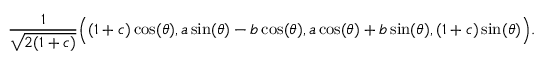
{ \frac { 1 } { \sqrt { 2 ( 1 + c ) } } } { \Big ( } ( 1 + c ) \cos ( \theta ) , a \sin ( \theta ) - b \cos ( \theta ) , a \cos ( \theta ) + b \sin ( \theta ) , ( 1 + c ) \sin ( \theta ) { \Big ) } . \,